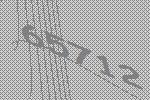
65712